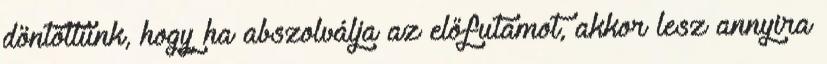
döntöttünk, hogy ha abszolválja az előfutamot, akkor lesz annyira